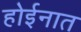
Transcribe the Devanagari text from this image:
होईनात